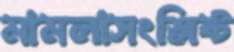
মামলাসংশ্লিষ্ট